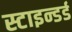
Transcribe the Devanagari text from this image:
स्टाइन्डर्ड